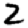
Digit: 2